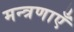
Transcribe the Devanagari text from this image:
मन्त्रणाएँ